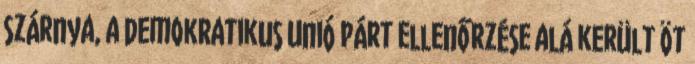
szárnya, a Demokratikus Unió Párt ellenőrzése alá került öt